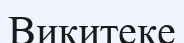
Викитеке